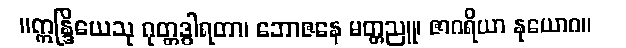
။ဣန္ဒြိယေသု ဂုတ္တဒွါရတာ၊ ဘောဇနေ မတ္တညူ၊ ဇာဂရိယာ နုယောဂ။